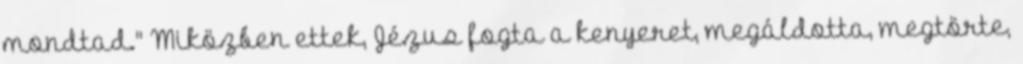
mondtad.'' Miközben ettek, Jézus fogta a kenyeret, megáldotta, megtörte,